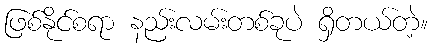
ဖြစ်နိုင်စရာ နည်းလမ်းတစ်ခုပဲ ရှိတယ်တဲ့။